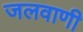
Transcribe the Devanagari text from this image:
जलवाणी